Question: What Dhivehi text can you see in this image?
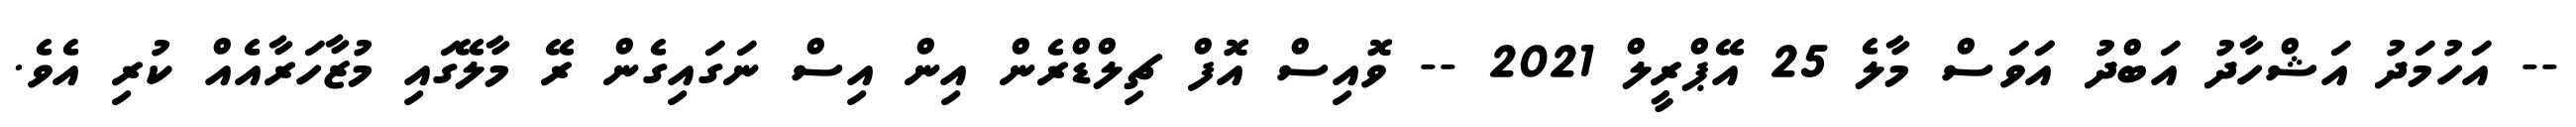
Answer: -- އަހުމަދު އަޝްހާދު އަބްދު އަަވަސް މާލެ 25 އޭޕްރީލް 2021 -- ވޮއިސް އޮފް ޗިލްޑްރެން އިން އިސް ނަގައިގެން ރޭ މާލޭގައި މުޒާހަރާއެއް ކުރި އެވެ.